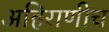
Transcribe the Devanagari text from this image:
अहिराणीच